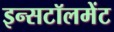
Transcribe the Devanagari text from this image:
इन्सटॉलमेंट